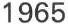
1965